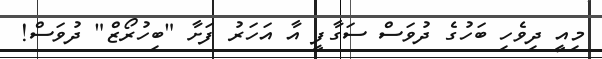
މިއީ ދިވެހި ބަހުގެ ދުވަސް ސަގާފީ އާ އަހަރު ފަށާ "ބިހުރޯޒް" ދުވަސް!